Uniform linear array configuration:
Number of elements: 32
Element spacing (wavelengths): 1
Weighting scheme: blackman
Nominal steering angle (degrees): -30
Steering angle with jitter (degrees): -30.073
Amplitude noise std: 0.05
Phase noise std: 0.05

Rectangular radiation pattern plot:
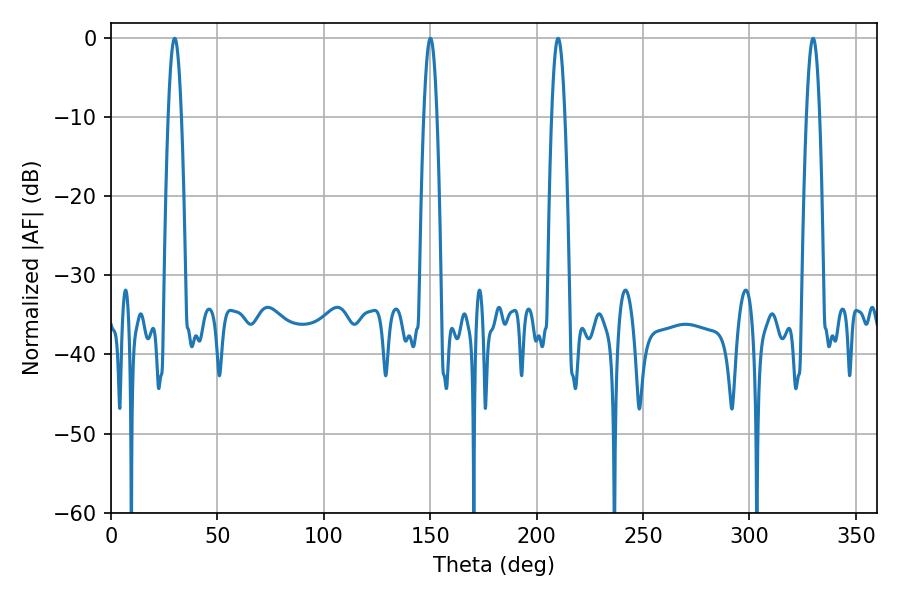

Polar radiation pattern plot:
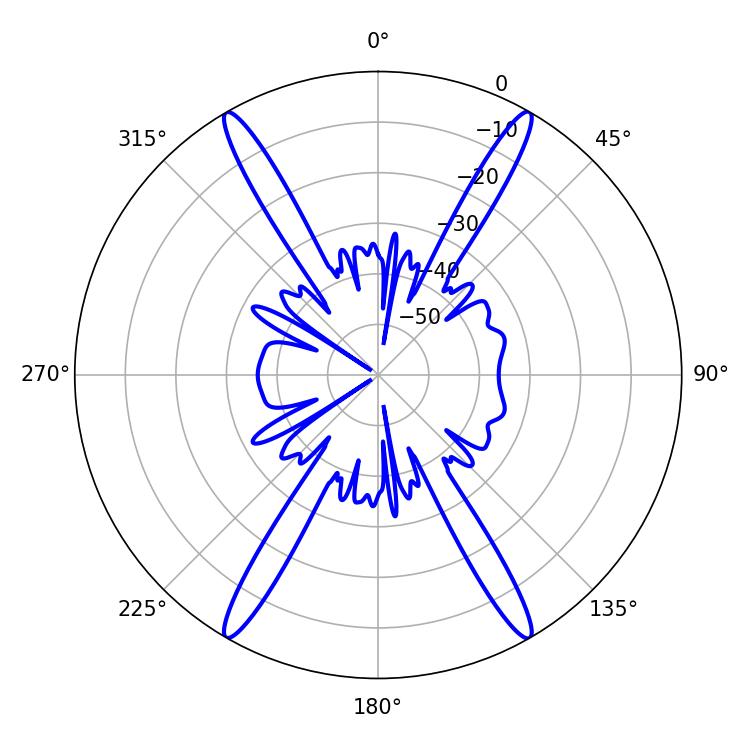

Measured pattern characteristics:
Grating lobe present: TRUE
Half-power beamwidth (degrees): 3.42
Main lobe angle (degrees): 210.06